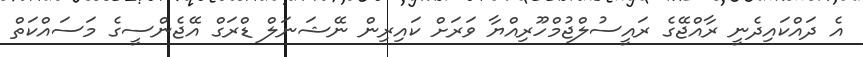
އެ ދައްކައިދެނީ ރާއްޖޭގެ ރައީސުލްޖުމްހޫރިއްޔާ ވަރަށް ކައިރިން ނޭޝަނަލް ޑްރަގް އޭޖެންސީގެ މަސައްކަތް